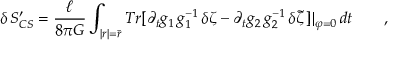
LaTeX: \delta \, S _ { C S } ^ { \prime } = \frac \ell { 8 \pi G } \int _ { | r | = \bar { r } } T r [ \partial _ { t } g _ { 1 } \, g _ { 1 } ^ { - 1 } \, \delta \zeta - \partial _ { t } g _ { 2 } \, g _ { 2 } ^ { - 1 } \, \delta \tilde { \zeta } \, ] | _ { \varphi = 0 } \, d t \qquad ,